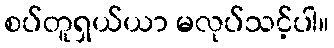
စပ်တူရှယ်ယာ မလုပ်သင့်ပါ။